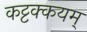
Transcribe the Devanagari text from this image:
कट्टक्कयम्